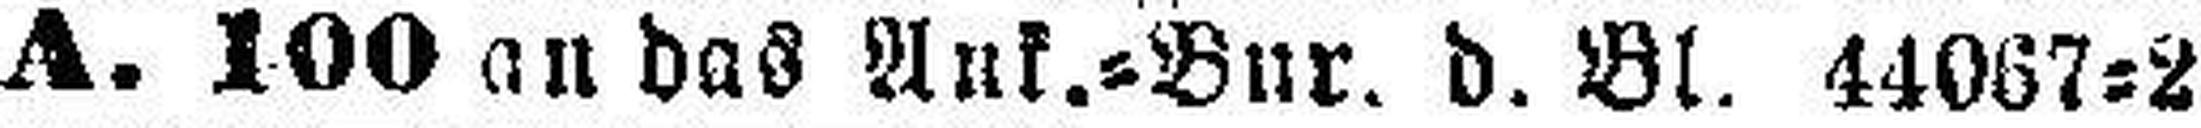
A. 100 an das Ank.=Bur. d. Bl. 44067=2